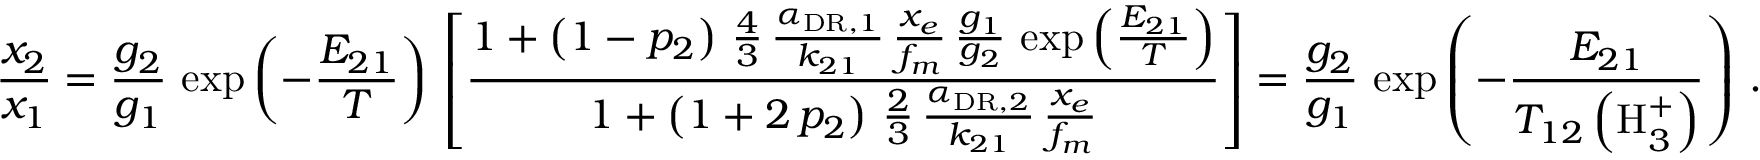
\frac { x _ { 2 } } { x _ { 1 } } = \frac { g _ { 2 } } { g _ { 1 } } \, \exp \left( - \frac { E _ { 2 1 } } { T } \right) \, \left[ \frac { 1 + \left( 1 - p _ { 2 } \right) \, \frac { 4 } { 3 } \, \frac { \alpha _ { \mathrm { D R } , 1 } } { k _ { 2 1 } } \, \frac { x _ { e } } { f _ { m } } \, \frac { g _ { 1 } } { g _ { 2 } } \, \exp \left( \frac { E _ { 2 1 } } { T } \right) } { 1 + \left( 1 + 2 \, p _ { 2 } \right) \, \frac { 2 } { 3 } \, \frac { \alpha _ { \mathrm { D R } , 2 } } { k _ { 2 1 } } \, \frac { x _ { e } } { f _ { m } } } \right] = \frac { g _ { 2 } } { g _ { 1 } } \, \exp \left( - \frac { E _ { 2 1 } } { T _ { 1 2 } \left( \mathrm { H } _ { 3 } ^ { + } \right) } \right) \, .